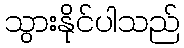
သွားနိုင်ပါသည်